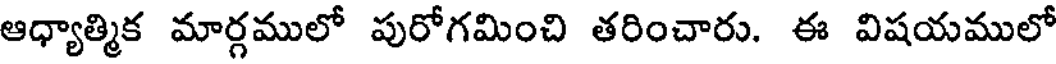
ఆధ్యాత్మిక మార్గములో పురోగమించి తరించారు. ఈ విషయములో